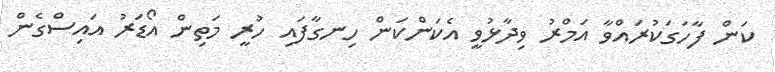
ކަން ފާހަގަކުރައްވާ އަމްރު ވިދާޅުވީ އެކަންކަން ހިނގާފައި ހުރީ މަތިން އޯޑަރު އައިސްގެން